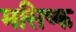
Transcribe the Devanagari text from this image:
मसिष्क